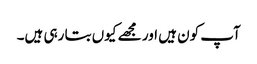
آپ کون ہیں اور مجھے کیوں بتا رہی ہیں۔